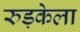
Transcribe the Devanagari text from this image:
रुड़केला